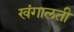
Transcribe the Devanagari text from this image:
खंगालती